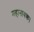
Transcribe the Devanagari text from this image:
महानायक।